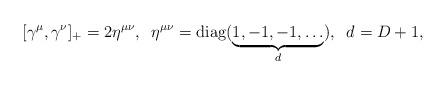
LaTeX: \begin{align*}\lbrack \gamma ^\mu ,\gamma ^\nu ]_{+}=2\eta ^{\mu \nu },\;\;\eta ^{\mu \nu}={\rm diag}(\underbrace{1,-1,-1,\ldots }_d),\;\;d=D+1,\end{align*}